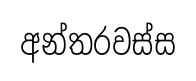
අන්තරවස්ස